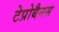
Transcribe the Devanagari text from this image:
टेप्रोबैनस